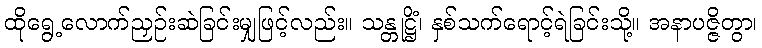
ထိုရွေ့လောက်ညှဉ်းဆဲခြင်းမျှဖြင့်လည်း။ သန္တုဋ္ဌိံ၊ နှစ်သက်ရောင့်ရဲခြင်းသို့။ အနာပဇ္ဇိတွာ၊